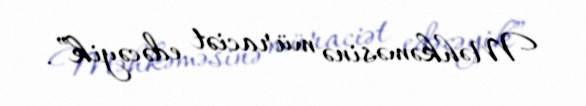
Məhkəməsinə müraciət edəcəyik”.